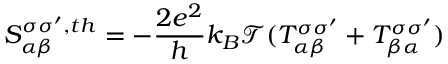
{ S _ { \alpha \beta } ^ { \sigma \sigma ^ { \prime } , t h } = - \frac { 2 e ^ { 2 } } { h } k _ { B } \mathcal { T } ( T _ { \alpha \beta } ^ { \sigma \sigma ^ { \prime } } + T _ { \beta \alpha } ^ { \sigma \sigma ^ { \prime } } ) }